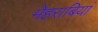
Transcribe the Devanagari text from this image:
मेहराबियां